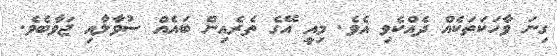
ގިނަ ވާހަކަތަކެއް ދެއްކެވި އެވެ. މިއީ އޭގެ ތެރެއިން ބައެއް ސުވާލާއި ޖަވާބެވެ.